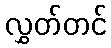
လွှတ်တင်